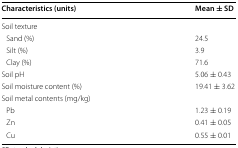
<table><thead><tr><td><b>Characteristics (units)</b></td><td><b>Mean ± SD</b></td></tr></thead><tbody><tr><td colspan="2">Soil texture</td></tr><tr><td> Sand (%)</td><td>24.5</td></tr><tr><td> Silt (%)</td><td>3.9</td></tr><tr><td> Clay (%)</td><td>71.6</td></tr><tr><td>Soil pH</td><td>5.06 ± 0.43</td></tr><tr><td>Soil moisture content (%)</td><td>19.41 ± 3.62</td></tr><tr><td colspan="2">Soil metal contents (mg/kg)</td></tr><tr><td> Pb</td><td>1.23 ± 0.19</td></tr><tr><td> Zn</td><td>0.41 ± 0.05</td></tr><tr><td> Cu</td><td>0.55 ± 0.01</td></tr></tbody></table>